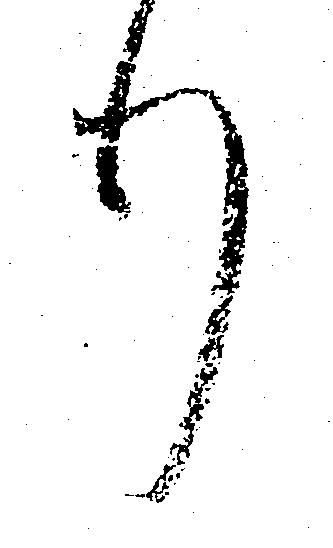
り